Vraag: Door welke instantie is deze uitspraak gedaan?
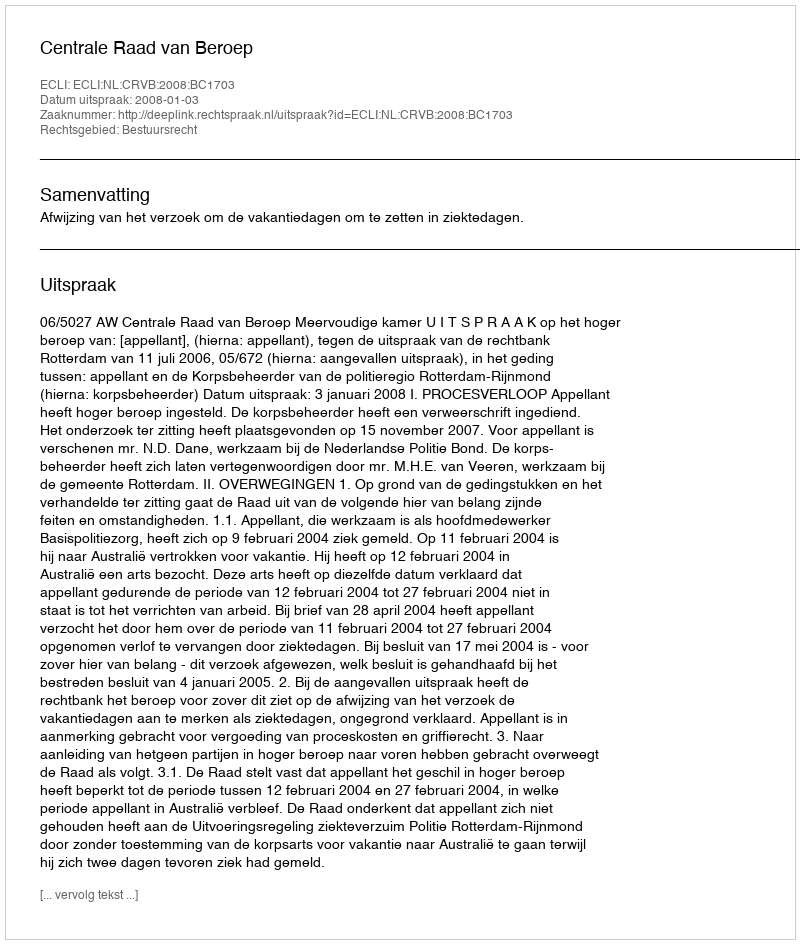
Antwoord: Centrale Raad van Beroep